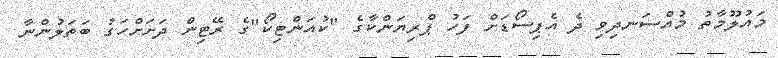
މައުލޫމާތު މުއްސަނދިވި ދެ އެޕިސޯޑަށް ފަހު ޕްރިޔަންކާގެ "ކުއަންޓިކޯ"ގެ ރޭޓިން ދަށަށްހަގު ބަތަލުންނާ